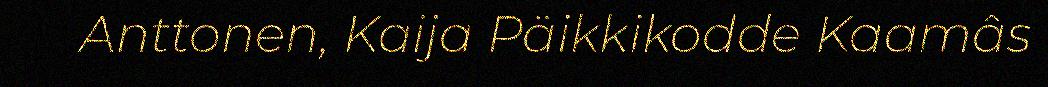
Anttonen, Kaija Päikkikodde Kaamâs